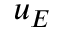
u _ { E }